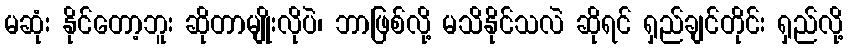
မဆုံး နိုင်တော့ဘူး ဆိုတာမျိုးလိုပဲ၊ ဘာဖြစ်လို့ မသိနိုင်သလဲ ဆိုရင် ရှည်ချင်တိုင်း ရှည်လို့